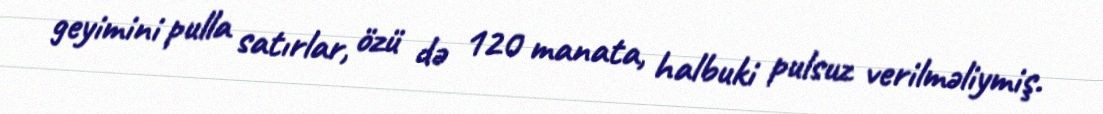
geyimini pulla satırlar, özü də 120 manata, halbuki pulsuz verilməliymiş.